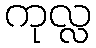
ကုလ္လ